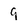
Character: 9